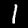
Digit: 1